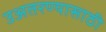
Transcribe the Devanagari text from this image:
उअतरण्यासाठी